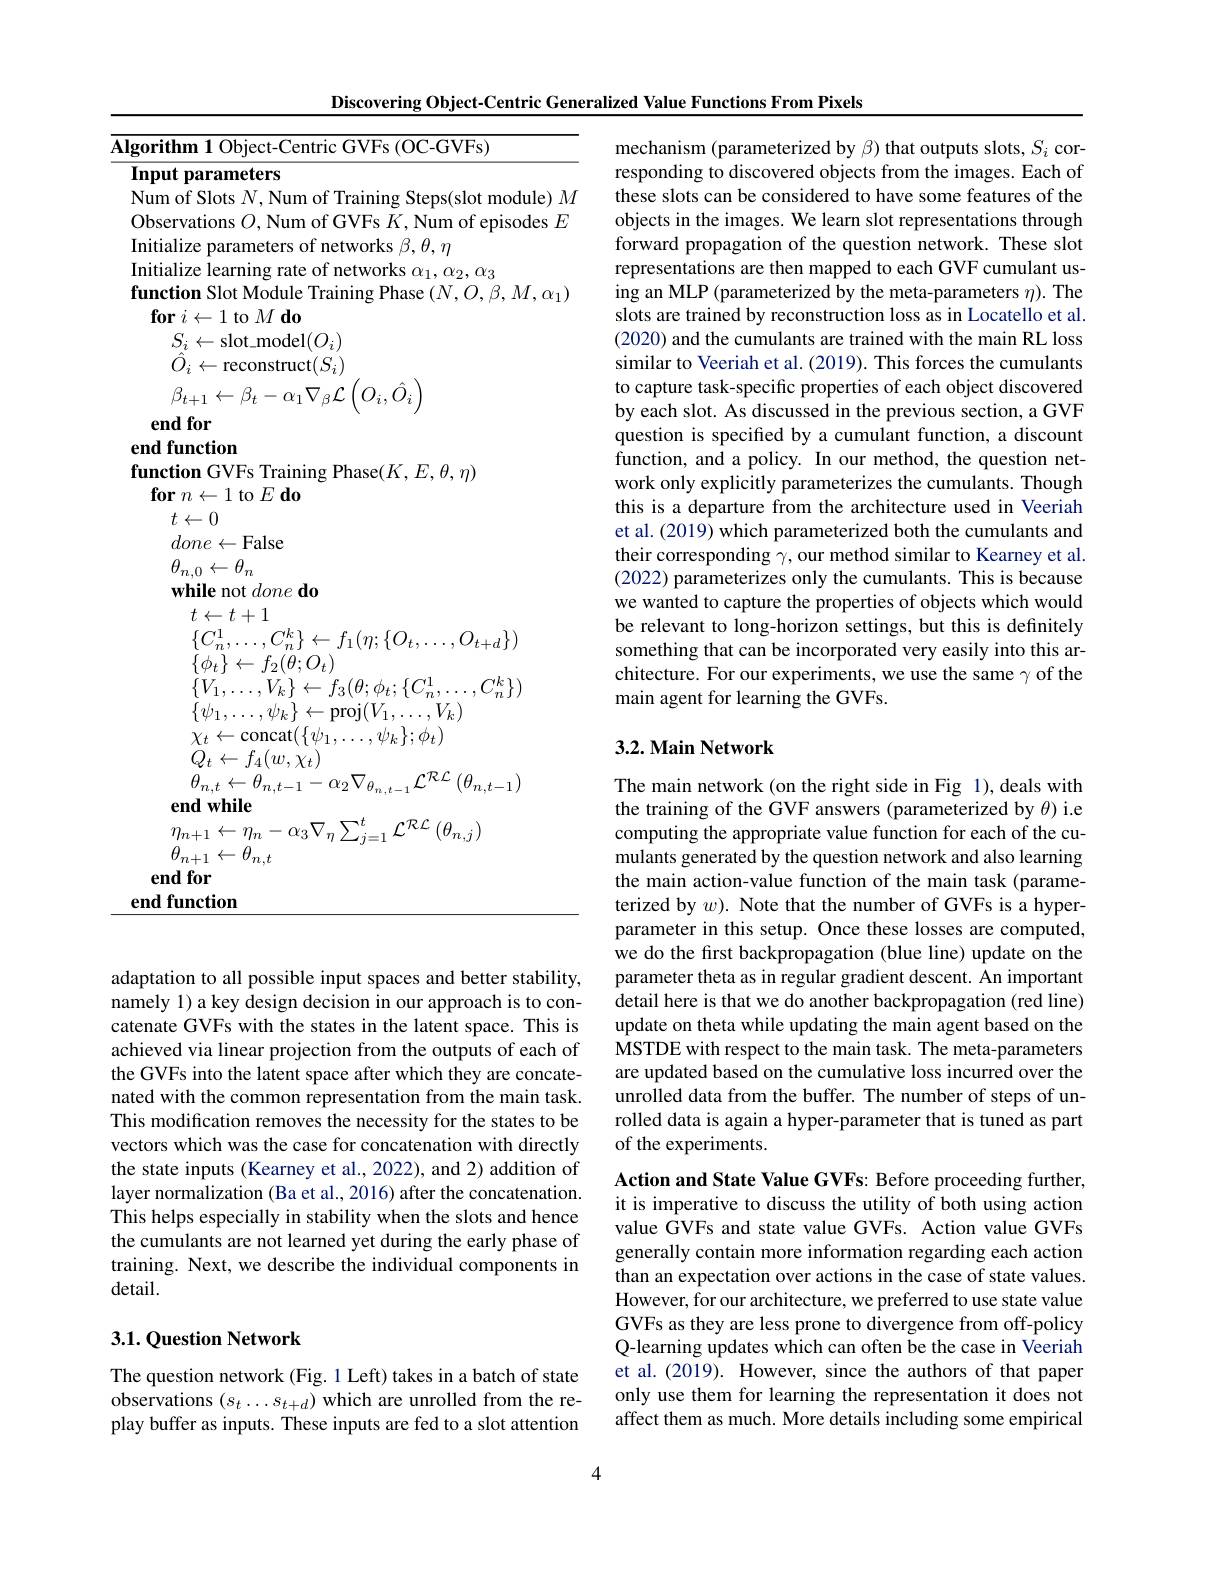
Discovering Object-Centric Generalized Value Functions From Pixels

Algorithm 1 Object-Centric GVFs (OC-GVFs)
Input parameters
Num of Slots $N$,Num of Training Steps(slot module) $M$ Observations $O$, Num of GVFs $K$, Num of episodes $E$ Initialize parameters of networks $\beta,\theta,\eta$
Initialize learning rate of networks $\alpha_1,\alpha_2,\alpha_3$
function Slot Module Training Phase $(N,O,\beta,M,\alpha_1)$
$\textbf{for }i\leftarrow 1$ to $M\textbf{ do}$
$S_{i}\leftarrow$slot\_model$(O_i)$
$$\begin{aligned}&\hat{\hat{O}}_{i}\leftarrow\mathrm{reconstruct}(S_{i})\\&\beta_{t+1}\leftarrow\beta_{t}-\alpha_{1}\nabla_{\beta}\mathcal{L}\left(O_{i},\hat{O}_{i}\right)\end{aligned}$$
end for

end function
function GVFs Training Phase$(K,E,\theta,\eta)$
$\textbf{for}n\leftarrow 1$to$E\textbf{do}$
$t\leftarrow0$
$done\leftarrow$False
$\theta_{n,0}\leftarrow\theta_{n}$
while not $done\textbf{do}$
$t\leftarrow t+1$
$\{C_{n}^{1},\ldots,C_{n}^{k}\}\leftarrow f_{1}(\eta;\{O_{t},\ldots,O_{t+d}\})$
$\{\phi_{t}\}\leftarrow f_{2}(\theta;O_{t})$
$\{V_{1},\ldots,V_{k}\}\leftarrow f_{3}(\theta;\phi_{t};\{C_{n}^{1},\ldots,C_{n}^{k}\})$
$\{\psi_{1},\ldots,\psi_{k}\}\leftarrow$proj$(V_1,\ldots,V_{k})$ $\begin{array}{l}{\chi_{t}\leftarrow\mathrm{concat}(\{\psi_{1},\ldots,\psi_{k}\};\phi_{t})}\\{Q}\end{array}$ $\theta_{n,t}\leftarrow\theta_{n,t-1}-\alpha_{2}\nabla_{\theta_{n,t-1}}\mathcal{L}^{\mathcal{R}\mathcal$
end while
$\eta_{n+1}\leftarrow\eta_{n}-\alpha_{3}\nabla_{\eta}\sum_{j=1}^{t}\mathcal{L}^{\mathcal{R}\mathcal{L}}\left(\theta_{n,j}\right)$
$\theta_{n+1}\leftarrow\theta_{n,t}$
end for
end function

adaptation to all possible input spaces and better stability, namely 1) a key design decision in our approach is to concatenate GVFs with the states in the latent space. This is achieved via linear projection from the outputs the GVFs into the latent space after which they are concatenated with the common representation from the main task. This modification removes the necessity for the states to be vectors which was the case for concatenation with directly the state inputs (Kearney et al., 2022), and 2) addition of layer normalization (Ba et al., 2016) after the concatenation. This helps especially in stability when the slot the cumulants are not learned yet during the early phase of training. Next, we describe the individual components in detail.

## 3.1. Question Network

The question network (Fig.1 Left) takes in a batch of state $\hat{\text{observations }}(s_t\ldots s_{t+d})$ which are unrolled from the replay buffer as inputs. These inputs are fed to a slot attention

mechanism (parameterized by $\beta$) that outputs slots, $S_i$ corresponding to discovered objects from the images. Each of these slots can be considered to have some features of the objects in the images. We learn slot representations through forward propagation of the question network. The representations are then mapped to each GVF cumulant using an MLP (parameterized by the meta-parameters $\eta).$ The slots are trained by reconstruction loss as in Locatello et al. (2020) and the cumulants are trained with the main RL loss similar to Veeriah et al. (2019). This forces the cumulants to capture task-specific properties of each object discovered by each slot. As discussed in the previous section, a GVF question is specified by a cumulant function, a discount function, and a policy. In our method, the question network only explicitly parameterizes the cumulants this is a departure from the architecture used in et al. (2019) which parameterized both the cumulants and their corresponding $\gamma$, our method similar to K (2022) parameterizes only the cumulants. This is we wanted to capture the properties of objects which would be relevant to long-horizon settings, but this is definitely something that can be incorporated very easily into this architecture. For our experiments, we use the same $\gamma$ of the main agent for learning the GVFs.

## 3.2. Main Network

The main network (on the right side in Fig 1), deals with the training of the GVF answers (parameterized by $\theta)$ i.e computing the appropriate value function for each of the cumulants generated by the question network and also learning the main action-value function of the main task (parameterized by $w).$ Note that the number of GVFs is parameter in this setup. Once these losses are computed, we do the first backpropagation (blue line) update on the parameter theta as in regular gradient descent. An important detail here is that we do another backpropagation (red line) update on theta while updating the main agent based on the MSTDE with respect to the main task. The meta-parameters are updated based on the cumulative loss incurred over the unrolled data from the buffer. The number of steps of unrolled data is again a hyper-parameter that is tuned as part of the experiments.

Action and State Value GVFs: Before proceeding f it is imperative to discuss the utility of both using action value GVFs and state value GVFs. Action value GVFs generally contain more information regarding eac than an expectation over actions in the case of state values. However, for our architecture, we preferred to use state value GVFs as they are less prone to divergence from off-policy Q-learning updates which can often be the case in Veeriah et al.(2019). However, since the authors of that paper only use them for learning the representation it does not affect them as much. More details including some empirical

4